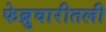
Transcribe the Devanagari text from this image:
फेब्रुवारीतली